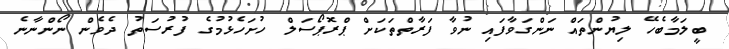
ބީލަމާބެހޭ ލިޔުންތައް ނަންގަވާފައި ނުވާ ފަރާތްތަކަށް ޕްރޮޕޯސަލް ހުށަހެޅުމުގެ ފުރުސަތު ދެވެން ނޯންނާނެ